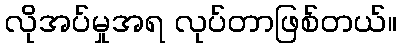
လိုအပ်မှုအရ လုပ်တာဖြစ်တယ်။